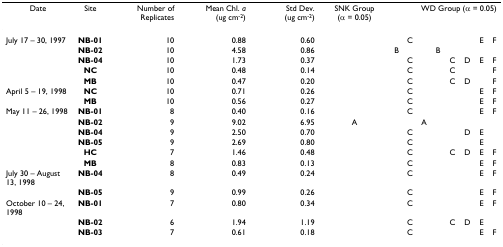
<table><thead><tr><td><b>Date</b></td><td><b>Site</b></td><td><b>Number of Replicates</b></td><td><b>Mean Chl. <i>a </i>(ug cm<sup>-2</sup>)</b></td><td><b>Std Dev. (ug cm<sup>-2</sup>)</b></td><td><b>SNK Group (α = 0.05)</b></td><td></td><td></td><td colspan="6"><b>WD Group (α = 0.05)</b></td></tr></thead><tbody><tr><td>July 17 – 30, 1997</td><td><b>NB-01</b></td><td>10</td><td>0.88</td><td>0.60</td><td></td><td></td><td>C</td><td></td><td></td><td></td><td></td><td>E</td><td>F</td></tr><tr><td></td><td><b>NB-02</b></td><td>10</td><td>4.58</td><td>0.86</td><td></td><td>B</td><td></td><td></td><td>B</td><td></td><td></td><td></td><td></td></tr><tr><td></td><td><b>NB-04</b></td><td>10</td><td>1.73</td><td>0.37</td><td></td><td></td><td>C</td><td></td><td></td><td>C</td><td>D</td><td>E</td><td>F</td></tr><tr><td></td><td><b>NC</b></td><td>10</td><td>0.48</td><td>0.14</td><td></td><td></td><td>C</td><td></td><td></td><td>C</td><td></td><td></td><td>F</td></tr><tr><td></td><td><b>MB</b></td><td>10</td><td>0.47</td><td>0.20</td><td></td><td></td><td>C</td><td></td><td></td><td>C</td><td>D</td><td></td><td>F</td></tr><tr><td>April 5 – 19, 1998</td><td><b>NC</b></td><td>10</td><td>0.71</td><td>0.26</td><td></td><td></td><td>C</td><td></td><td></td><td></td><td></td><td>E</td><td>F</td></tr><tr><td></td><td><b>MB</b></td><td>10</td><td>0.56</td><td>0.27</td><td></td><td></td><td>C</td><td></td><td></td><td></td><td></td><td>E</td><td>F</td></tr><tr><td>May 11 – 26, 1998</td><td><b>NB-01</b></td><td>8</td><td>0.40</td><td>0.16</td><td></td><td></td><td>C</td><td></td><td></td><td></td><td></td><td>E</td><td>F</td></tr><tr><td></td><td><b>NB-02</b></td><td>9</td><td>9.02</td><td>6.95</td><td>A</td><td></td><td></td><td>A</td><td></td><td></td><td></td><td></td><td></td></tr><tr><td></td><td><b>NB-04</b></td><td>9</td><td>2.50</td><td>0.70</td><td></td><td></td><td>C</td><td></td><td></td><td></td><td>D</td><td>E</td><td></td></tr><tr><td></td><td><b>NB-05</b></td><td>9</td><td>2.69</td><td>0.80</td><td></td><td></td><td>C</td><td></td><td></td><td></td><td></td><td>E</td><td></td></tr><tr><td></td><td><b>HC</b></td><td>7</td><td>1.46</td><td>0.48</td><td></td><td></td><td>C</td><td></td><td></td><td>C</td><td>D</td><td>E</td><td>F</td></tr><tr><td></td><td><b>MB</b></td><td>8</td><td>0.83</td><td>0.13</td><td></td><td></td><td>C</td><td></td><td></td><td></td><td></td><td>E</td><td>F</td></tr><tr><td>July 30 – August 13, 1998</td><td><b>NB-04</b></td><td>8</td><td>0.49</td><td>0.24</td><td></td><td></td><td>C</td><td></td><td></td><td></td><td></td><td>E</td><td>F</td></tr><tr><td></td><td><b>NB-05</b></td><td>9</td><td>0.99</td><td>0.26</td><td></td><td></td><td>C</td><td></td><td></td><td></td><td></td><td>E</td><td>F</td></tr><tr><td>October 10 – 24, 1998</td><td><b>NB-01</b></td><td>7</td><td>0.80</td><td>0.34</td><td></td><td></td><td>C</td><td></td><td></td><td></td><td></td><td>E</td><td>F</td></tr><tr><td></td><td><b>NB-02</b></td><td>6</td><td>1.94</td><td>1.19</td><td></td><td></td><td>C</td><td></td><td></td><td>C</td><td>D</td><td>E</td><td></td></tr><tr><td></td><td><b>NB-03</b></td><td>7</td><td>0.61</td><td>0.18</td><td></td><td></td><td>C</td><td></td><td></td><td></td><td></td><td>E</td><td>F</td></tr></tbody></table>